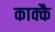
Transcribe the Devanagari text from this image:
काक्कै